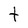
Character: t